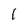
Character: 1